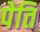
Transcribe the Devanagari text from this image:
पेति